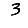
Digit: 3